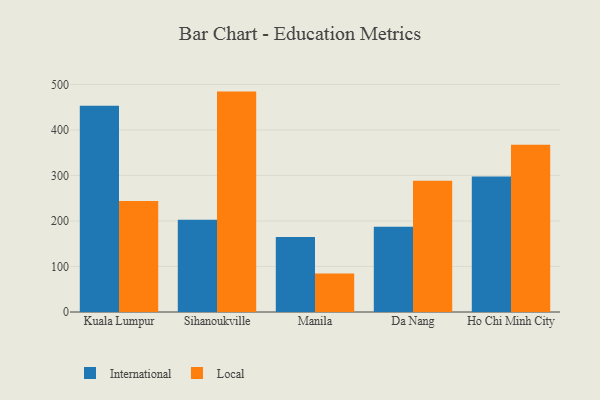
{"axis": {"x": "City", "y": "Backlog"}, "legend": ["International", "Local"], "data": [{"x": "Kuala Lumpur", "y": 453.1, "type": "International"}, {"x": "Kuala Lumpur", "y": 244.1, "type": "Local"}, {"x": "Sihanoukville", "y": 202.5, "type": "International"}, {"x": "Sihanoukville", "y": 484.2, "type": "Local"}, {"x": "Manila", "y": 165.0, "type": "International"}, {"x": "Manila", "y": 84.8, "type": "Local"}, {"x": "Da Nang", "y": 187.1, "type": "International"}, {"x": "Da Nang", "y": 288.6, "type": "Local"}, {"x": "Ho Chi Minh City", "y": 297.9, "type": "International"}, {"x": "Ho Chi Minh City", "y": 367.5, "type": "Local"}]}